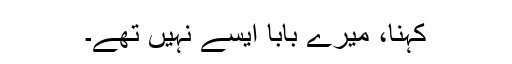
کہنا، میرے بابا ایسے نہیں تھے۔